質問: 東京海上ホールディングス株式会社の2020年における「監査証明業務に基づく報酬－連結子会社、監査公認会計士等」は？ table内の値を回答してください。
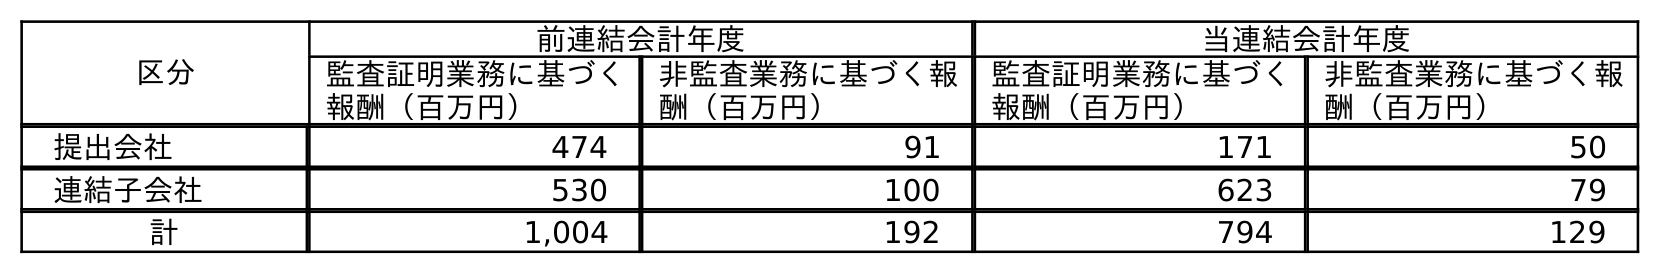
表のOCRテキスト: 区分 前連結会計年度 当連結会計年度 監査証明業務に基づく 報酬（百万円） 非監査業務に基づく報 酬（百万円） 監査証明業務に基づく 報酬（百万円） 非監査業務に基づく報 酬（百万円） 提出会社 474 91 171 50 連結子会社 530 100 623 79 計 1,004 192 794 129
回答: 623